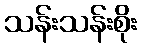
သန်းသန်းစိုး